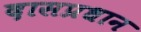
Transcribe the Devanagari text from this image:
दासप्रधान